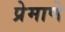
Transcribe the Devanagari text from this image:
प्रेमाणे